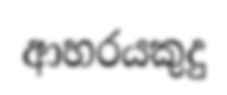
ආහරයකුදු